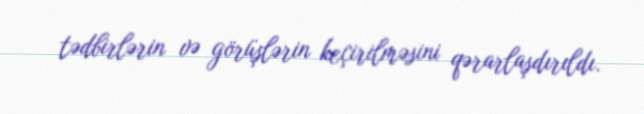
tədbirlərin və görüşlərin keçirilməsini qərarlaşdırıldı.